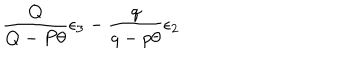
\frac { Q } { Q - P \theta } \epsilon _ { 3 } - \frac { q } { q - p \theta } \epsilon _ { 2 }